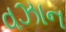
વઝાન